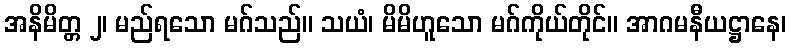
အနိမိတ္တ ၂၊ မည်ရသော မဂ်သည်။ သယံ၊ မိမိဟူသော မဂ်ကိုယ်တိုင်။ အာဂမနီယဋ္ဌာနေ၊